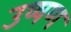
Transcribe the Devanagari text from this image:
उष्षण